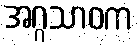
အဂ္ဂသာဝက